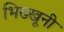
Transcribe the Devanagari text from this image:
भिख्खूनी